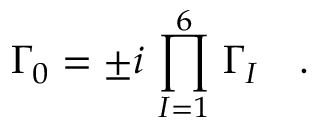
\Gamma _ { 0 } = \pm i \, \prod _ { I = 1 } ^ { 6 } \, \Gamma _ { I } \quad .